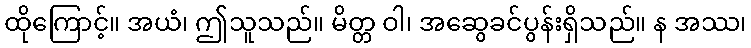
ထိုကြောင့်။ အယံ၊ ဤသူသည်။ မိတ္တ ဝါ၊ အဆွေခင်ပွန်းရှိသည်။ န အဿ၊